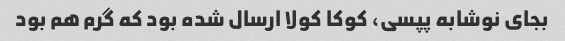
بجای نوشابه پپسی، کوکا کولا ارسال شده بود که گرم هم بود